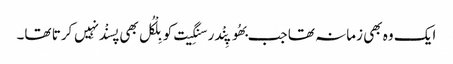
ایک وہ بھی زمانہ تھا جب بھُوپِنْدر سنگِیت کو بِلْکُل بھی پسنْد نہِیں کرتا تھا۔